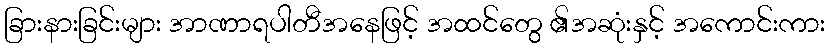
ခြားနားခြင်းများ အာဏာရပါတီအနေဖြင့် အထင်တွေ ၏အဆုံးနှင့် အကောင်းကား